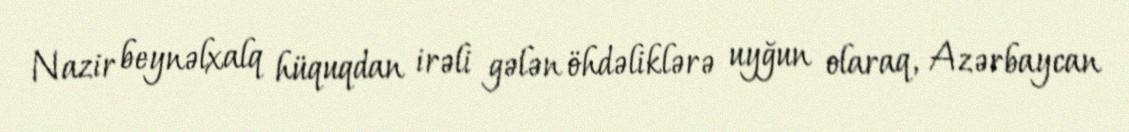
Nazir beynəlxalq hüquqdan irəli gələn öhdəliklərə uyğun olaraq, Azərbaycan